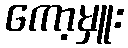
ကော့မှူး